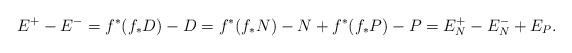
LaTeX: \begin{align*}E^+ - E^{-} = f^*(f_*D) - D = f^*(f_*N) -N + f^*(f_*P) - P = E_N^+ - E_N^{-} + E_P.\end{align*}